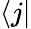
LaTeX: \langle j|